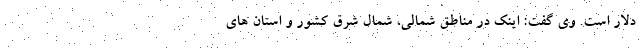
دلار است. وی گفت: اینک در مناطق شمالی، شمال شرق کشور و استان های